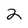
Character: 2